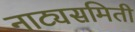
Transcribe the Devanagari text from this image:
नाट्यसमिती